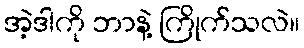
အဲ့ဒါကို ဘာနဲ့ ကြိုက်သလဲ။